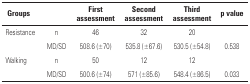
| Groups |  | First assessment | Second assessment | Third assessment | p value |
 | --- | --- | --- | --- | --- | --- |
 | Resistance | n | 46 | 32 | 20 |  |
 |  | MD/SD | 508.6 (±70) | 535.8 (±67.6) | 530.5 (±54.8) | 0.538 |
 | Walking | n | 50 | 12 | 12 |  |
 |  | MD/SD | 500.6 (±74) | 571 (±85.6) | 548.4 (±86.5) | 0.033 |